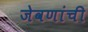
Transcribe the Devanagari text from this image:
जेवणांची